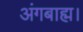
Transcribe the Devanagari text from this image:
अंगबाह्म।